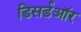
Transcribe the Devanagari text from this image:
डिसर्डऑर